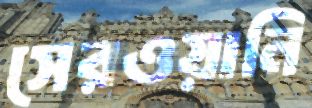
সেরওয়ানি